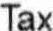
TAX